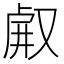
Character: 𠭗